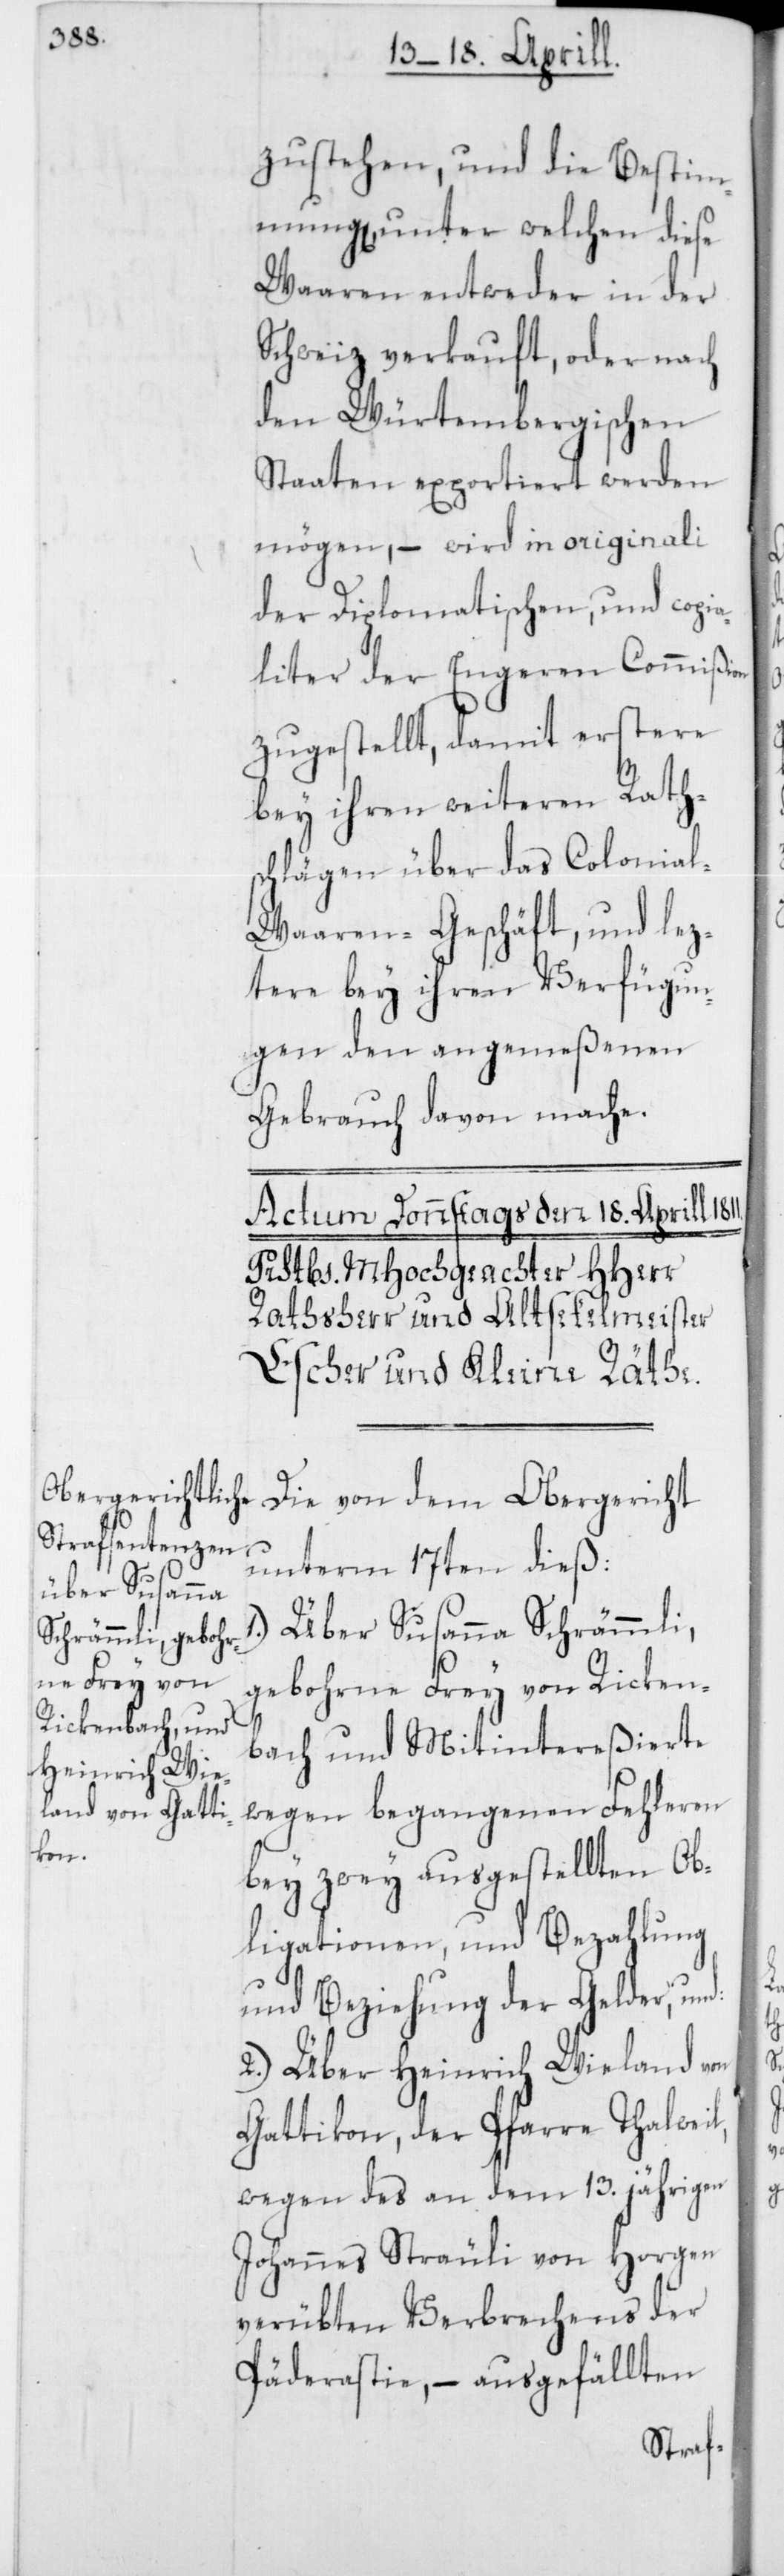
zustehen, und die Bestim¬
mung, unter welchen diese
Waaren entweder in der
Schweiz verkauft, oder nach
den Würtembergischen
Staaten exportiert werden
mögen, – wird in originali
der Diplomatischen, und copia¬
liter der Engeren Commißion
zugestellt, damit erstere
bey ihren weiteren Rath¬
schlägen über das Colonia¬
l-Waaren-Geschäft, und lez¬
tere bey ihren Verfügun¬
gen den angemeßenen
Gebrauch davon mache.
Die von dem Obergericht
unterm 17ten dieß:
Über Susanna Schrämmli,
gebohrne Frey von Ricken¬
l,
bach und Mitintereßierte
wegen begangenen Fehleren
bey zwey ausgestellten Ob¬
ligationen, und Bezahlung
und Beziehung der Gelder, und:
2.) Über Heinrich Wieland von
Gattikon, der Pfarre Thalwei¬
wegen des an dem 13.jährigen
Johannes Sträuli von Horgen
verübten Verbrechens der
Päderastie, – ausgefällten